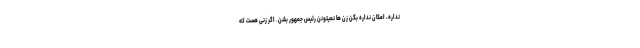
نداره، امکان نداره بگن زن ها نمیتونن رئیس جمهور بشن. اگر زنی هست که